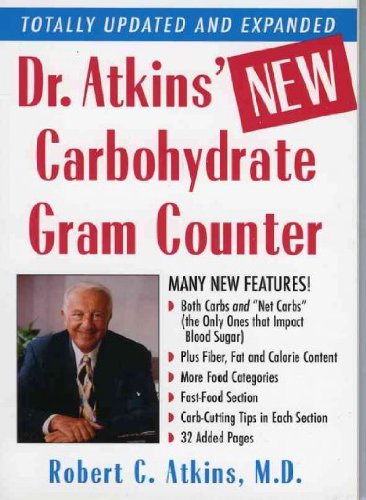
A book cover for Dr. Atkins' New Carbohydrate Gram Counter: More Than 1300 Brand-Name and Generic Foods Listed With; Robert C., M.D. Atkins; Health, Fitness & Dieting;